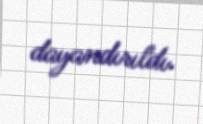
dayandırıldı.